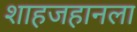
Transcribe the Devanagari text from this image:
शाहजहानला